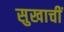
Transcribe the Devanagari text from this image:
सुखाचीं